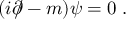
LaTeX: ( i \partial \! \! \! / - m ) \psi = 0 \; .